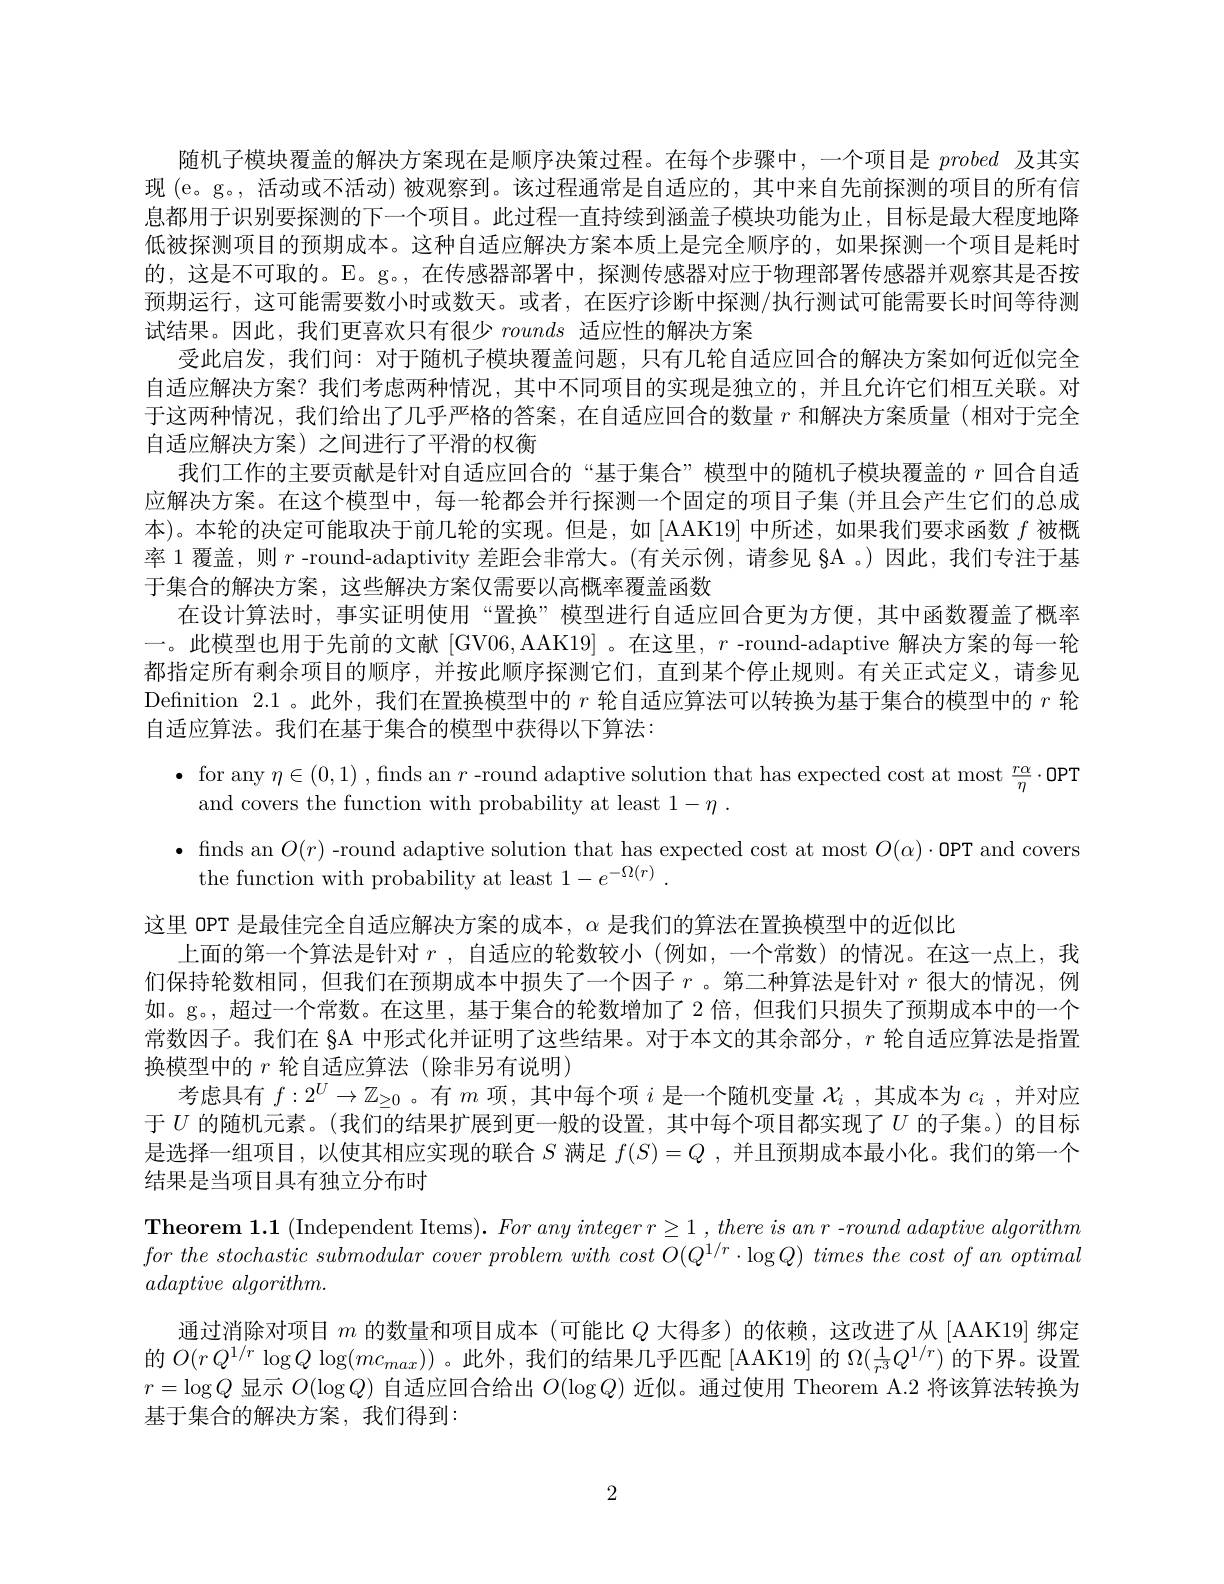
随机子模块覆盖的解决方案现在是顺序决策过程。在每个步骤中，一个项目是probed及其实现 (e。g。, 活动或不活动) 被观察到。该过程通常是自适应的，其中来自先前探测的项目的所有信息都用于识别要探测的下一个项目。此过程一直持续到涵盖子模块功能为止，目标是最大程度地降低被探测项目的预期成本。这种自适应解决方案本质上是完全顺序的，如果探测一个项目是耗时的，这是不可取的。E。g。,在传感器部署中，探测传感器对应于物理部署传感器并观察其是否按预期运行，这可能需要数小时或数天。或者，在医疗诊断中探测/执行测试可能需要长时间等待测试结果。因此，我们更喜欢只有很少rounds适应性的解决方案
受此启发，我们问：对于随机子模块覆盖问题，只有几轮自适应回合的解决方案如何近似完全自适应解决方案？我们考虑两种情况，其中不同项目的实现是独立的，并且允许它们相互关联。对于这两种情况，我们给出了几乎严格的答案，在自适应回合的数量$r$和解决方案质量(相对于完全自适应解决方案)之间进行了平滑的权衡
我们工作的主要贡献是针对自适应回合的“基于集合”模型中的随机子模块覆盖的$r$回合自适应解决方案。在这个模型中，每一轮都会并行探测一个固定的项目子集 (并且会产生它们的总成本)。本轮的决定可能取决于前几轮的实现。但是，如 [AAK19] 中所述，如果我们要求函数$f$被概率 1 覆盖，则$r$ -round-adaptivity 差距会非常大。(有关示例，请参见 §A 。)因此，我们专注于基于集合的解决方案，这些解决方案仅需要以高概率覆盖函数
在设计算法时，事实证明使用“置换”模型进行自适应回合更为方便，其中函数覆盖了概率一。此模型也用于先前的文献 [GV06,AAK19] 。在这里，$r$ -round-adaptive 解决方案的每一轮都指定所有剩余项目的顺序，并按此顺序探测它们，直到某个停止规则。有关正式定义，请参见Defnition 2.1。此外，我们在置换模型中的$r$轮自适应算法可以转换为基于集合的模型中的$r$轮自适应算法。我们在基于集合的模型中获得以下算法：
$\bullet$ for any $\eta\in(0,1)$ , finds an $r$ -round adaptive solution that has expected cost at most $\frac r\alpha\eta\cdot$OPT
and covers the function with probability at least $1- \eta$ .
$\bullet$ finds an $O(r)$ -round adaptive solution that has expected cost at most $O(\alpha)\cdot$OPT and covers
the function with probability at least $1- e^{- \Omega ( r) }$ .
这里 OPT 是最佳完全自适应解决方案的成本，$\alpha$是我们的算法在置换模型中的近似比
上面的第一个算法是针对$r$ ,自适应的轮数较小(例如，一个常数)的情况。在这一点上，我们保持轮数相同，但我们在预期成本中损失了一个因子$r$ 。第二种算法是针对$r$很大的情况，例如。g。,超过一个常数。在这里，基于集合的轮数增加了2 倍，但我们只损失了预期成本中的一个常数因子。我们在 §A 中形式化并证明了这些结果。对于本文的其余部分，$r$轮自适应算法是指置换模型中的$r$轮自适应算法(除非另有说明)
考虑具有$f:2^U\to\mathbb{Z}_{\geq0}$ 。有$m$项，其中每个项$i$是一个随机变量$\mathcal{X}_i$ ,其成本为$c_i$ ,并对应于$U$的随机元素。(我们的结果扩展到更一般的设置，其中每个项目都实现了$U$的子集。)的目标是选择一组项目，以使其相应实现的联合$S$满足$f(S)=Q$ ,并且预期成本最小化。我们的第一个结果是当项目具有独立分布时
$\textbf{Theorem 1. 1 ( Independent Items) . For any integer r1 , there is an r - round adaptive algorithm}$ $forthe\textit{ stochastic submodular cover problem with cost O( Q}^{1/ r}\cdot \log Q) \textit{ times the cost of an optimal}$ $adaptive\textit{ algorithm}.$
通过消除对项目$m$的数量和项目成本 (可能比$Q$大得多)的依赖，这改进了从[AAK19]绑定的$O(rQ^{1/r}\log Q\log(mc_{max}))$ 。此外，我们的结果几乎匹配 [AAK19] 的$\Omega(\frac1{r^3}Q^{1/r})$的下界。设置$r=\log Q$显示$O(\log Q)$自适应回合给出$O(\log Q)$近似。通过使用 Theorem A.2 将该算法转换为基于集合的解决方案，我们得到：

2